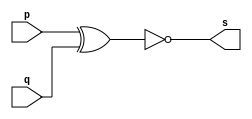
// ---------------------
// Exemplo0005 - xor
// Nome: Yousef
// ---------------------
// ---------------------
// -- xor gate
// ---------------------
module xorgate (output s,
input p,
input  q);
assign s = ~(p ^ q);
endmodule // xor
// ---------------------
// -- test xorgate
// ---------------------
module testxorgate;
// ------------------------- dados locais
reg a,b; // definir registrador
wire s; // definir conexao (fio)
// ------------------------- instancia
xorgate XOR1 (s, a, b);
// ------------------------- preparacao
initial begin:start
a=0;
b=0;
end
// ------------------------- parte principal
initial begin:main
$display("Exemplo0005 - Yousef - 441714");
$display("Test xor gate");
$display("\n a ^ b = s\n");
$monitor("~(%b ^ %b) = %b", a, b, s);
#1 a=0; b=0; 
#1 a=0; b=1; 
#1 a=1; b=0; 
#1 a=1; b=1; 
end
endmodule // testxorgate